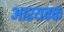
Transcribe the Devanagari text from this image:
आश्यवक